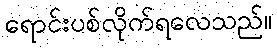
ရောင်းပစ်လိုက်ရလေသည်။